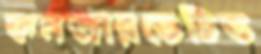
কনজারভেটিভ